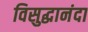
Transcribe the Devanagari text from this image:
विसुद्धानंदा